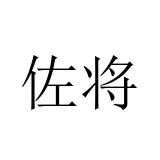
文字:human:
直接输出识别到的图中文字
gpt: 佐将